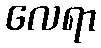
လေရာ